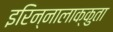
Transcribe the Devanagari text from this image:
इरिन्नालाक्कुता